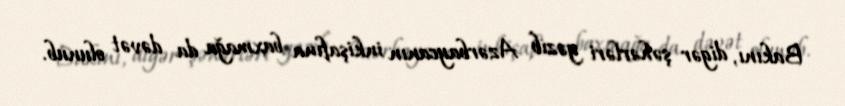
Bakını, digər şəhərləri gəzib Azərbaycanın inkişafına baxmağa da dəvət olunub.